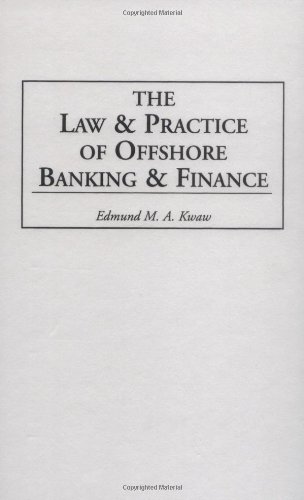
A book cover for The Law and Practice of Offshore Banking and Finance; Edmund Kwaw; Law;